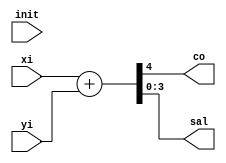
`timescale 1ns / 1ps
module sum4b(init, xi, yi,co,sal);

  input init;
  input [3 :0] xi;
  input [3 :0] yi;
  output co;
  output [3 :0] sal;
  
  
  wire [4:0] st;
  assign sal= st[3:0];
  assign co = st[4];

  assign st  = 	xi+yi;

endmodule